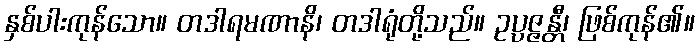
နှစ်ပါးကုန်သော။ တဒါရမဏာနိ၊ တဒါရုံတို့သည်။ ဥပ္ပဇ္ဇန္တီ၊ ဖြစ်ကုန်၏။